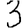
Digit: 3